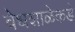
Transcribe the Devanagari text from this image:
वेधशाळेकडे